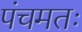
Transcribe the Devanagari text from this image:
पंचमतः